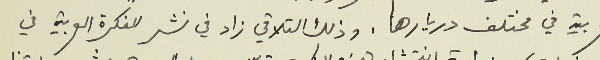
العربية في مختلف دريارها. وذلك التلاقي زاد في نشر الفكرة العربية في